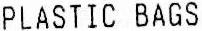
PLASTIC BAGS